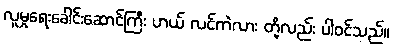
လူမှုရေးခေါင်းဆောင်ကြီး ဟယ် လင်ကဲလား တို့လည်း ပါဝင်သည်။